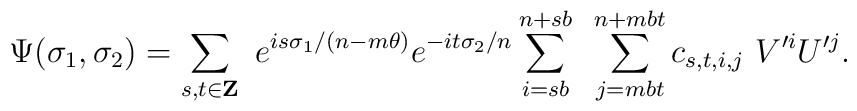
\Psi(\sigma_1,\sigma_2)=\sum_{s,t\in {\bf Z}}~ e^{is\sigma_1/(n-m\theta)}e^{-it\sigma_2/n}  \sum_{i=sb}^{n+sb}~ \sum_{j=mbt}^{n+mbt} c_{s,t,i,j}~V'^{i} U'^{j} .